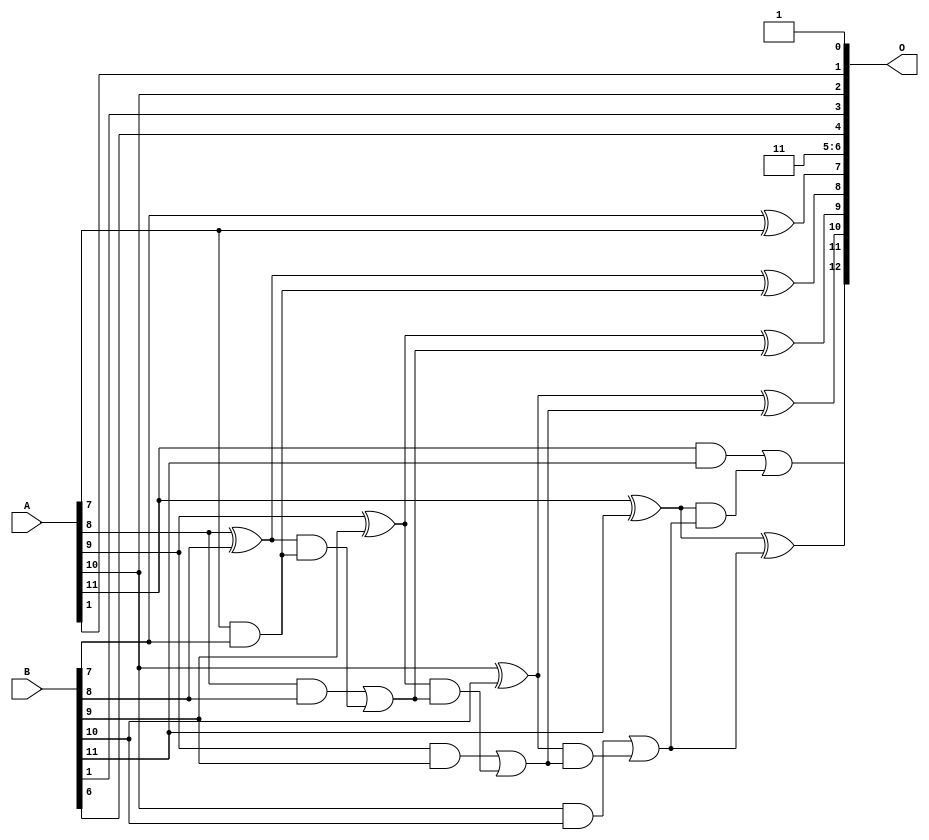
/***
* This code is a part of EvoApproxLib library (ehw.fit.vutbr.cz/approxlib) distributed under The MIT License.
* When used, please cite the following article(s):  
* This file contains a circuit from a sub-set of pareto optimal circuits with respect to the pwr and mre parameters
***/
// MAE% = 0.50 %
// MAE = 41 
// WCE% = 1.67 %
// WCE = 137 
// WCRE% = 9600.00 %
// EP% = 99.28 %
// MRE% = 1.39 %
// MSE = 2518 
// PDK45_PWR = 0.019 mW
// PDK45_AREA = 43.6 um2
// PDK45_DELAY = 0.39 ns


module add12u_0HR(A, B, O);
  input [11:0] A, B;
  output [12:0] O;
  wire sig_57, sig_60, sig_61, sig_62, sig_63, sig_65;
  wire sig_66, sig_67, sig_68, sig_70, sig_71, sig_72;
  wire sig_73, sig_75, sig_76, sig_77, sig_78;
  assign O[5] = 1'b1;
  assign O[0] = 1'b1;
  assign O[7] = B[7] ^ A[7];
  assign sig_57 = A[7] & B[7];
  assign sig_60 = sig_57;
  assign sig_61 = A[8] ^ B[8];
  assign sig_62 = A[8] & B[8];
  assign sig_63 = sig_61 & sig_60;
  assign O[8] = sig_61 ^ sig_60;
  assign sig_65 = sig_62 | sig_63;
  assign sig_66 = A[9] ^ B[9];
  assign sig_67 = A[9] & B[9];
  assign sig_68 = sig_66 & sig_65;
  assign O[9] = sig_66 ^ sig_65;
  assign sig_70 = sig_67 | sig_68;
  assign sig_71 = A[10] ^ B[10];
  assign sig_72 = A[10] & B[10];
  assign sig_73 = sig_71 & sig_70;
  assign O[10] = sig_71 ^ sig_70;
  assign sig_75 = sig_72 | sig_73;
  assign sig_76 = A[11] ^ B[11];
  assign sig_77 = A[11] & B[11];
  assign sig_78 = sig_76 & sig_75;
  assign O[11] = sig_76 ^ sig_75;
  assign O[12] = sig_77 | sig_78;
  assign O[1] = A[1];
  assign O[2] = A[10];
  assign O[3] = B[1];
  assign O[4] = B[6];
  assign O[6] = O[5];
endmodule